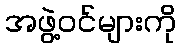
အဖွဲ့ဝင်များကို